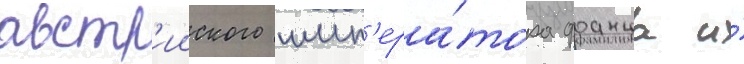
австр'ииского имп'ера́тора франца и́